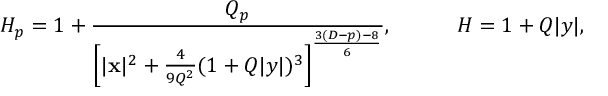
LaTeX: H _ { p } = 1 + { \frac { Q _ { p } } { \left[ | { \bf x } | ^ { 2 } + { \frac { 4 } { 9 Q ^ { 2 } } } ( 1 + Q | y | ) ^ { 3 } \right] ^ { \frac { 3 ( D - p ) - 8 } { 6 } } } } , \ \ \ \ \ \ \ \ \ H = 1 + Q | y | ,